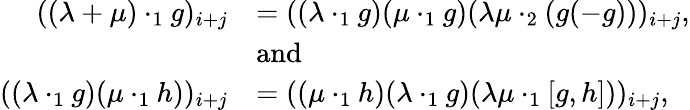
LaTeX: \begin{array}{rl}{((\lambda+\mu)\cdot_{1}g)_{i+j}}&{=((\lambda\cdot_{1}g)(\mu\cdot_{1}g)(\lambda\mu\cdot_{2}(g(-g)))_{i+j},}\\ &{\mathrm{and}}\\ {((\lambda\cdot_{1}g)(\mu\cdot_{1}h))_{i+j}}&{=((\mu\cdot_{1}h)(\lambda\cdot_{1}g)(\lambda\mu\cdot_{1}[g,h]))_{i+j},}\end{array}